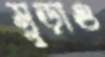
মুড়াও